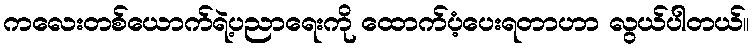
ကလေးတစ်ယောက်ရဲ့ပညာရေးကို ထောက်ပံ့ပေးရတာဟာ လွယ်ပါတယ်။